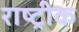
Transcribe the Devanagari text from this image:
राष्ट्रीक